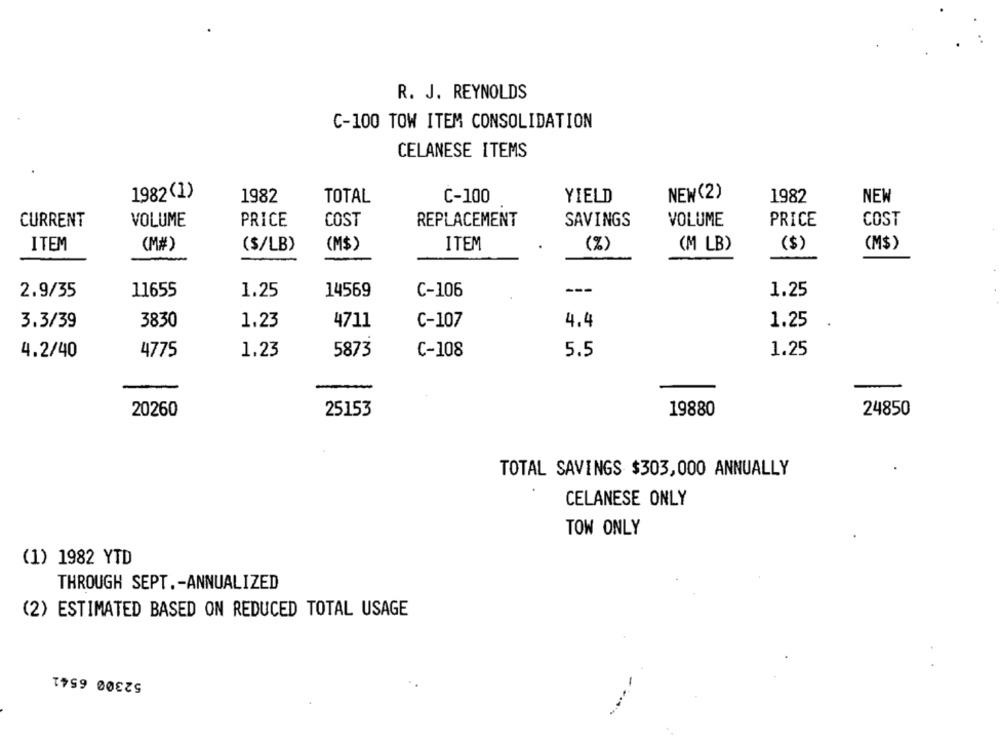
R. J. REYNOLDS
C-100 TOW ITEM CONSOLIDATION
CELANESE ITEMS
1982(1)
1982
TOTAL
C-100
YIELD
NEW (2)
1982
NEW
CURRENT
VOLUME
PRICE
COST
REPLACEMENT
SAVINGS
VOLUME
PRICE
COST
ITEM
(M#)
($/LB)
(M$)
ITEM
(%)
(M LB)
($)
(M$)
---
2.9/35
11655
1.25
14569
C-106
1.25
3.3/39
3830
1.23
4711
C-107
4.4
1.25
4.2/40
4775
1.23
5873
C-108
5.5
1.25
20260
25153
19880
24850
TOTAL SAVINGS $303,000 ANNUALLY
CELANESE ONLY
TOW ONLY
(1) 1982 YTD
THROUGH SEPT .- ANNUALIZED
(2) ESTIMATED BASED ON REDUCED TOTAL USAGE
52300 6541